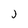
Character: j